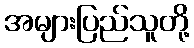
အများပြည်သူတို့